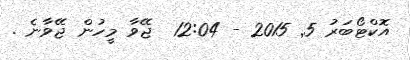
އޮކްޓޯބަރު 5